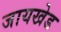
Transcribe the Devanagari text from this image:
जायखेड